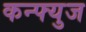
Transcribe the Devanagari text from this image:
कन्फ्युज